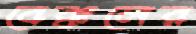
বেক্কলের